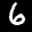
Label: 6